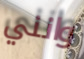
وانني